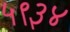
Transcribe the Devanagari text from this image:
५९३४